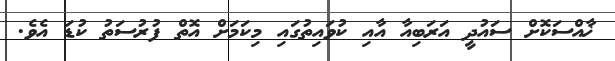
ޚާއްސަކޮށް ސައުދީ އަރަބިއާ އާއި ކުވައިތުގައި މިކަމަށް އޮތް ފުރުސަތު ކުޑަ އެވެ.